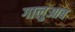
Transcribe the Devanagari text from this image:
गालुआब